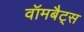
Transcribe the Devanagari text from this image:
वॉमबैट्स